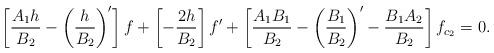
LaTeX: \begin{align*}\left[ \frac{A_{1}h}{B_{2}}-\left( \frac{h}{B_{2}}\right) ^{\prime }\right]f+\left[ -\frac{2h}{B_{2}}\right] f^{\prime }+\left[ \frac{A_{1}B_{1}}{B_{2}}-\left( \frac{B_{1}}{B_{2}}\right) ^{\prime }-\frac{B_{1}A_{2}}{B_{2}}\right]f_{c_{2}}=0. \end{align*}